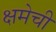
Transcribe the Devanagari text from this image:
क्षमेची